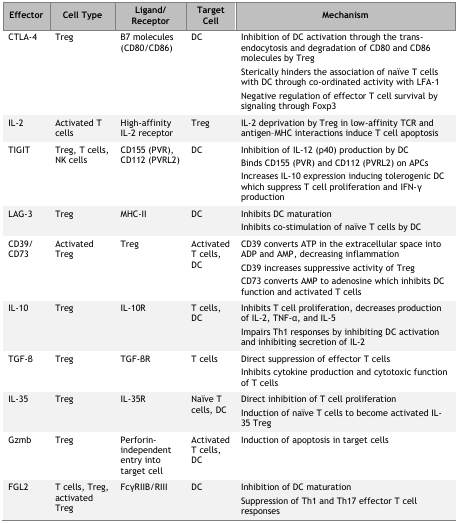
<table><thead><tr><td><b>Effector</b></td><td><b>Cell Type</b></td><td><b>Ligand/Receptor</b></td><td><b>Target Cell</b></td><td><b>Mechanism</b></td></tr></thead><tbody><tr><td>CTLA-4</td><td>Treg</td><td>B7 molecules (CD80/CD86)</td><td>DC</td><td>Inhibition of DC activation through the trans-endocytosis and degradation of CD80 and CD86 molecules by TregSterically hinders the association of naïve T cells with DC through co-ordinated activity with LFA-1Negative regulation of effector T cell survival by signaling through Foxp3</td></tr><tr><td>IL-2</td><td>Activated T cells</td><td>High-affinity IL-2 receptor</td><td>Treg</td><td>IL-2 deprivation by Treg in low-affinity TCR and antigen–MHC interactions induce T cell apoptosis</td></tr><tr><td>TIGIT</td><td>Treg, T cells, NK cells</td><td>CD155 (PVR), CD112 (PVRL2)</td><td>DC</td><td>Inhibition of IL-12 (p40) production by DCBinds CD155 (PVR) and CD112 (PVRL2) on APCsIncreases IL-10 expression inducing tolerogenic DC which suppress T cell proliferation and IFN-γ production</td></tr><tr><td>LAG-3</td><td>Treg</td><td>MHC-II</td><td>DC</td><td>Inhibits DC maturationInhibits co-stimulation of naïve T cells by DC</td></tr><tr><td>CD39/CD73</td><td>Activated Treg</td><td>Treg</td><td>Activated T cells, DC</td><td>CD39 converts ATP in the extracellular space into ADP and AMP, decreasing inflammationCD39 increases suppressive activity of TregCD73 converts AMP to adenosine which inhibits DC function and activated T cells</td></tr><tr><td>IL-10</td><td>Treg</td><td>IL-10R</td><td>T cells, DC</td><td>Inhibits T cell proliferation, decreases production of IL-2, TNF-α, and IL-5Impairs Th1 responses by inhibiting DC activation and inhibiting secretion of IL-2</td></tr><tr><td>TGF-β</td><td>Treg</td><td>TGF-βR</td><td>T cells</td><td>Direct suppression of effector T cellsInhibits cytokine production and cytotoxic function of T cells</td></tr><tr><td>IL-35</td><td>Treg</td><td>IL-35R</td><td>Naïve T cells, DC</td><td>Direct inhibition of T cell proliferationInduction of naïve T cells to become activated IL-35 Treg</td></tr><tr><td>Gzmb</td><td>Treg</td><td>Perforin-independent entry into target cell</td><td>Activated T cells, DC</td><td>Induction of apoptosis in target cells</td></tr><tr><td>FGL2</td><td>T cells, Treg, activated Treg</td><td>FcγRIIB/RIII</td><td>DC</td><td>Inhibition of DC maturationSuppression of Th1 and Th17 effector T cell responses</td></tr></tbody></table>